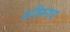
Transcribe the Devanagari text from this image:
कविमनाचा